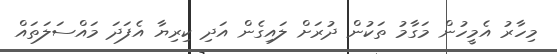
މިހާރު އެމީހުން މަގާމު ތަކުން ދުރަށް ލައިގެން އަދި ކިރިޔާ އެފަދަ މައްސަލަތައް